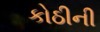
કોઠીની